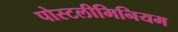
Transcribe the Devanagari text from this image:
पोस्टलीमिनियम